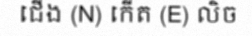
ជើង (N) កើត (E) លិច